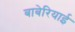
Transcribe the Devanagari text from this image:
बाबेरियाई